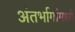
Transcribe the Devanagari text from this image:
अंतर्भागांमध्ये